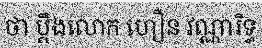
ថា ប្តឹងលោក ហឿន វណ្ណារិទ្ធ